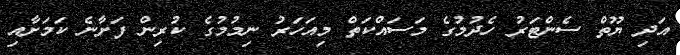
އަދި ޔޫތް ސެންޓަރު ހެދުމުގެ މަސައްކަތް މިއަހަރު ނިމުމުގެ ކުރިން ފަށާނެ ކަމަށާއި